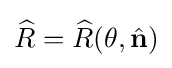
{\widehat {R}}={\widehat {R}}(\theta ,{\hat {\mathbf {n} }})